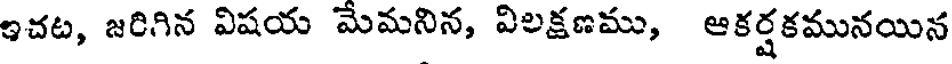
ఇచట, జరిగిన విషయ మేమనిన, విలక్షణము, ఆకర్షకమునయిన